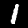
Digit: 1